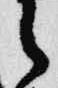
之